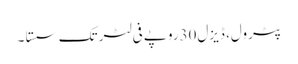
﻿ پٹرول، ڈیزل30روپے فی لٹر تک سستا ۔